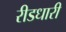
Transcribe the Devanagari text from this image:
रीडधारी